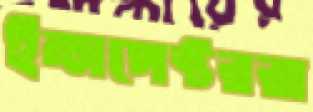
ইন্সপেক্টররা